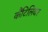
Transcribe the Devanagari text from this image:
कैंटिलिवर